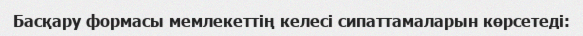
Басқару формасы мемлекеттің келесі сипаттамаларын көрсетеді: